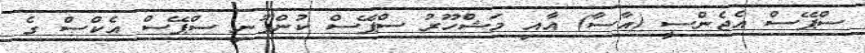
ސްޕޭސް އެޖެންސީ (އާސާ) އާއި މަޝްހޫރު ސްޕޭސް ކުންފުނި ސްޕޭސް އެކްސް ގެ